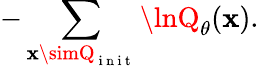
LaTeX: -\sum_{\mathbf{x}\simQ_{\mathrm{{~i~n~i~t~}}}}\lnQ_{\theta}(\mathbf{x}).